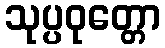
သုပ္ပဝုတ္တော